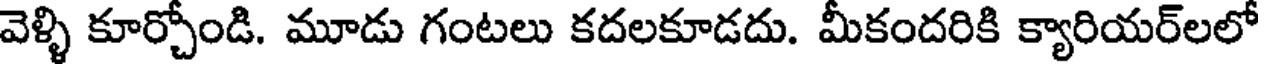
వెళ్ళి కూర్చోండి. మూడు గంటలు కదలకూడదు. మీకందరికి క్యారియర్లలో